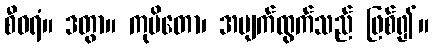
စီဝရံ။ ဒတွာ။ ကုပိတော၊ အမျက်ထွက်သည် ဖြစ်၍။